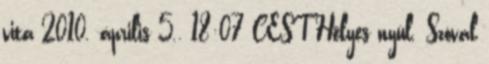
vita 2010. április 5., 18:07 CEST Helyes nyúl. Szóval